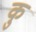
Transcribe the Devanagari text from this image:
कु़